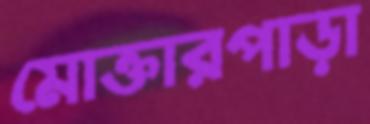
মোক্তারপাড়া